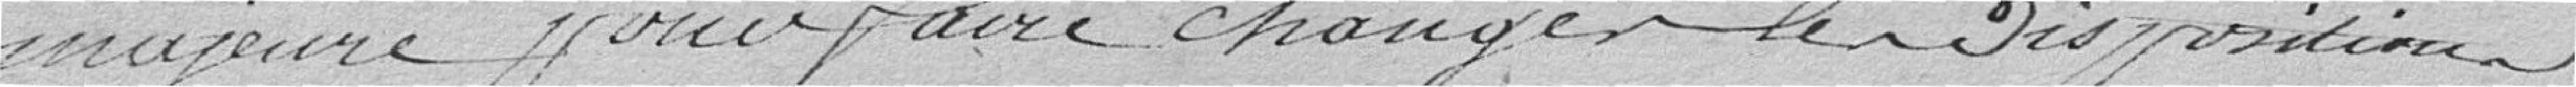
majeure pour faire changer les Dispositions